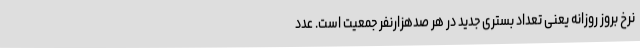
نرخ بروز روزانه یعنی تعداد بستری جدید در هر صدهزارنفر جمعیت است. عدد